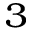
^ 3